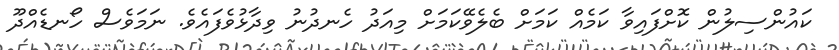
ކައުންސިލުން ކޮށްފައިވާ ކަމެއް ކަމަށް ބެލެވޭކަމަށް މިއަދު ހެނދުނު ވިދާޅުވެފައެވެ. ނަމަވެސް ހޯނޑެއްދޫ